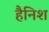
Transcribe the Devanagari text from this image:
हैनिश